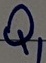
Text: Q1